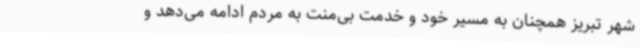
شهر تبریز همچنان به مسیر خود و خدمت بی‌منت به مردم ادامه می‌دهد و